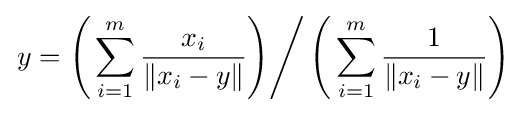
\left.y=\left({}\sum _{i=1}^{m}{\frac {x_{i}}{\|x_{i}-y\|}}\right)\right/\left({}\sum _{i=1}^{m}{\frac {1}{\|x_{i}-y\|}}\right)